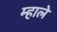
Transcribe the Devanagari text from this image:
म्हाले